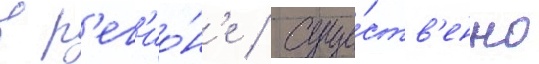
в р'ег'ио́н'е / суще́ств'енно